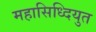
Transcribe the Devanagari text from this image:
महासिध्दियुत